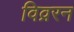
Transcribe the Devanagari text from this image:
विव्ररन